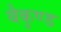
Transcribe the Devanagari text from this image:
बैकुण्ड